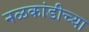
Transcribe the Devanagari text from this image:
नळकांडीच्या